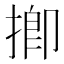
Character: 揤